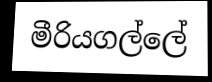
මීරියගල්ලේ